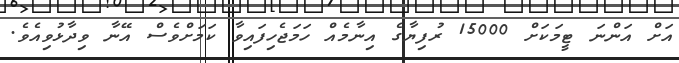
އަށް އަންނަ ޓީމަކަށް 15000 ރުފިޔާގެ އިނާމެއް ހަމަޖެހިފައިވާ ކަމަށްވެސް އޭނާ ވިދާޅުވިއެވެ.